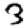
Digit: 3